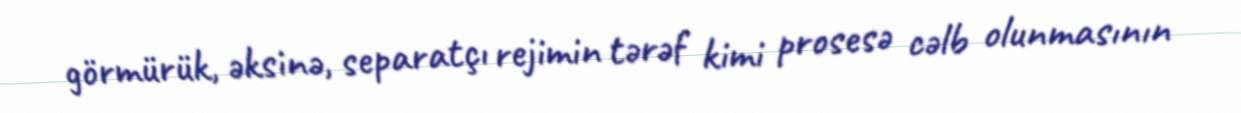
görmürük, əksinə, separatçı rejimin tərəf kimi prosesə cəlb olunmasının